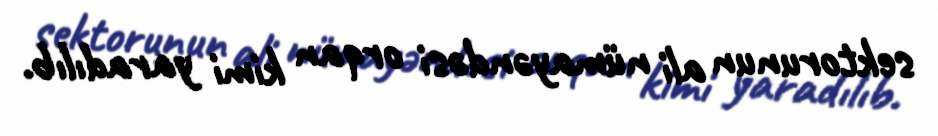
sektorunun ali nümayəndəsi orqan kimi yaradılıb.